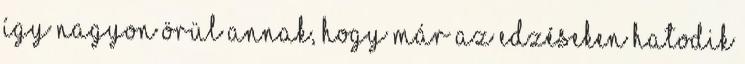
így nagyon örül annak, hogy már az edzéseken hatodik